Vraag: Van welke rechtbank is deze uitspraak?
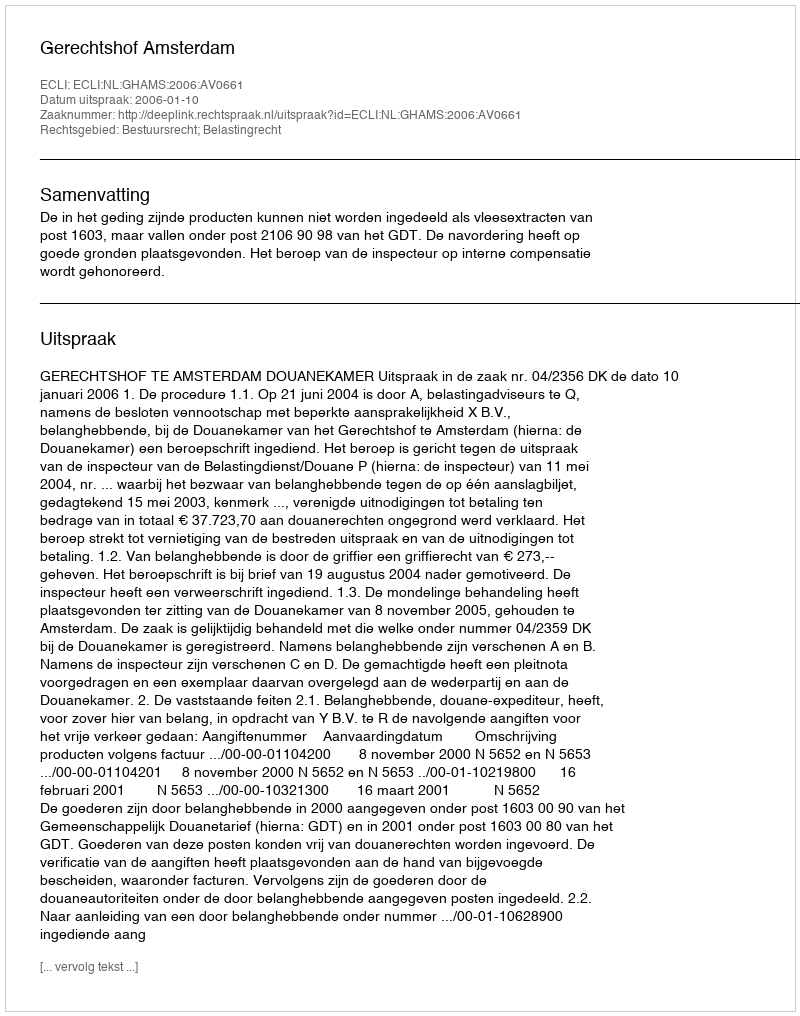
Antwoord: Gerechtshof Amsterdam